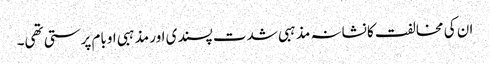
ان کی مخالفت کا نشانہ مذہبی شدت پسندی اور مذہبی اوبام پرستی تھی۔